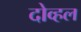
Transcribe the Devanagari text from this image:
दोव्हल